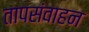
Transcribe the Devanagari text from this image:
तापसंवाहन